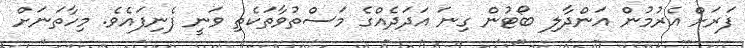
ފަރަށް އެރުމުން އަންދާލި ބޯޓުން ގިނަ އަދަދެއްގެ މަސްތުވާތަކެތި ވަނީ ފެނިފައެވެ. މިހާތަނަށް